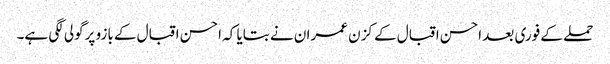
حملے کے فوری بعد احسن اقبال کے کزن عمران نے بتایا کہ احسن اقبال کے بازو پرگولی لگی ہے۔